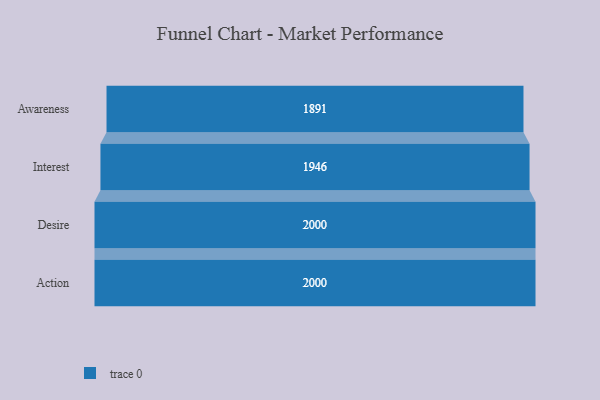
{"axis": {"x": "Stage", "y": "Value"}, "legend": [""], "data": [{"x": "Awareness", "y": 1891.0, "type": ""}, {"x": "Interest", "y": 1946.0, "type": ""}, {"x": "Desire", "y": 2000, "type": ""}, {"x": "Action", "y": 2000, "type": ""}]}